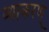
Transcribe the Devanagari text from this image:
व्याकरण्